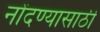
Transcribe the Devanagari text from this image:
नोंदण्यासाठी